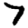
Digit: 7